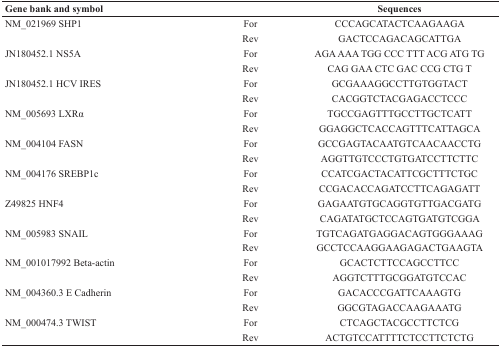
| Gene bank and symbol |  | Sequences |
 | --- | --- | --- |
 | NM_021969 SHP1 | For | CCCAGCATACTCAAGAAGA |
 |  | Rev | GACTCCAGACAGCATTGA |
 | JN180452.1 NS5A | For | AGA AAA TGG CCC TTT ACG ATG TG |
 |  | Rev | CAG GAA CTC GAC CCG CTG T |
 | JN180452.1 HCV IRES | For | GCGAAAGGCCTTGTGGTACT |
 |  | Rev | CACGGTCTACGAGACCTCCC |
 | NM_005693 LXRα | For | TGCCGAGTTTGCCTTGCTCATT |
 |  | Rev | GGAGGCTCACCAGTTTCATTAGCA |
 | NM_004104 FASN | For | GCCGAGTACAATGTCAACAACCTG |
 |  | Rev | AGGTTGTCCCTGTGATCCTTCTTC |
 | NM_004176 SREBP1c | For | CCATCGACTACATTCGCTTTCTGC |
 |  | Rev | CCGACACCAGATCCTTCAGAGATT |
 | Z49825 HNF4 | For | GAGAATGTGCAGGTGTTGACGATG |
 |  | Rev | CAGATATGCTCCAGTGATGTCGGA |
 | NM_005983 SNAIL | For | TGTCAGATGAGGACAGTGGGAAAG |
 |  | Rev | GCCTCCAAGGAAGAGACTGAAGTA |
 | NM_001017992 Beta-actin | For | GCACTCTTCCAGCCTTCC |
 |  | Rev | AGGTCTTTGCGGATGTCCAC |
 | NM_004360.3 E Cadherin | For | GACACCCGATTCAAAGTG |
 |  | Rev | GGCGTAGACCAAGAAATG |
 | NM_000474.3 TWIST | For | CTCAGCTACGCCTTCTCG |
 |  | Rev | ACTGTCCATTTTCTCCTTCTCTG |